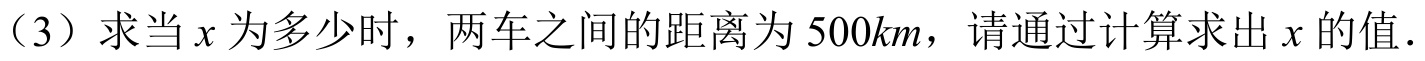
（3）求当\(x\)为多少时，两车之间的距离为\(500km\)，请通过计算求出\(x\)的值．